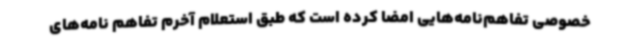
خصوصی تفاهم‌نامه‌هایی امضا کرده است که طبق استعلام آخرم تفاهم نامه‌های